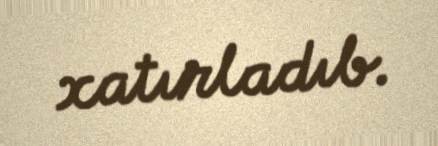
xatırladıb.